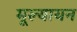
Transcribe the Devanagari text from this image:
मूल्यायन